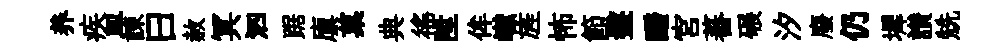
养疾皿諫曰赦冥泗踞廪菓典徭陞侔𪩘旌怖節盤醱宫蕃碾汐廢仍墀讃兟